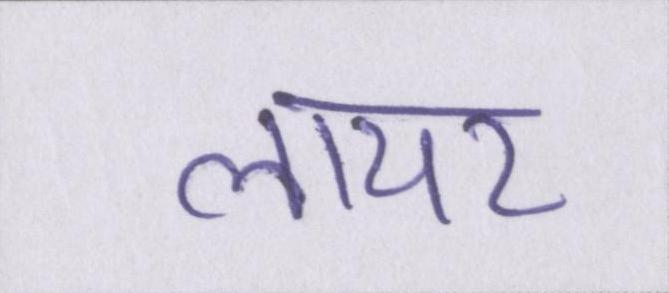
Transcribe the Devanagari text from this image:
लायर